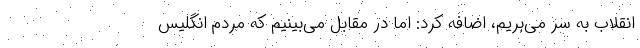
انقلاب به سر می‌بریم، اضافه کرد: اما در مقابل می‌بینیم که مردم انگلیس